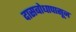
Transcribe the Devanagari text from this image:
दासबोधापासून